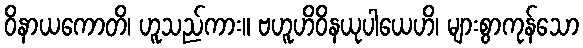
ဝိနာယကောတိ၊ ဟူသည်ကား။ ဗဟူဟိဝိနယုပါယေဟိ၊ များစွာကုန်သော